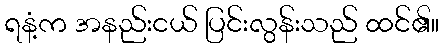
ရနံ့က အနည်းငယ် ပြင်းလွန်းသည် ထင်၏။